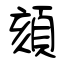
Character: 頦